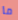
ما